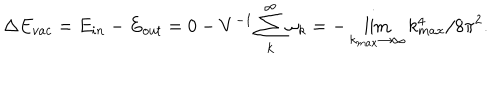
LaTeX: \Delta E _ { v a c } = E _ { i n } - E _ { o u t } = 0 - V ^ { - 1 } \sum _ { k } ^ { \infty } \omega _ { k } = - \lim _ { k _ { m a x } \to \infty } k _ { m a x } ^ { 4 } / 8 \pi ^ { 2 } .